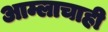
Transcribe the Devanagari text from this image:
आम्लाचाही